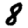
Digit: 8